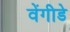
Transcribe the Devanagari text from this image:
वेंगीडे